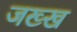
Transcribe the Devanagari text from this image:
जख्ख